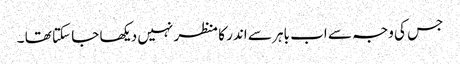
جس کی وجہ سے اب باہر سے اندر کا منظر نہیں دیکھا جا سکتا تھا ۔